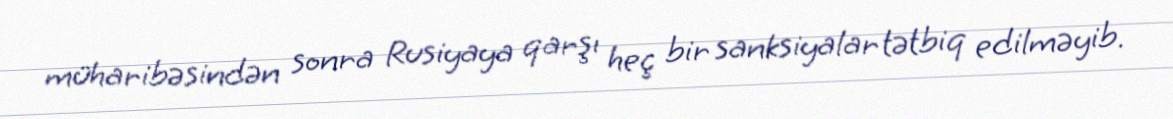
müharibəsindən sonra Rusiyaya qarşı heç bir sanksiyalar tətbiq edilməyib.